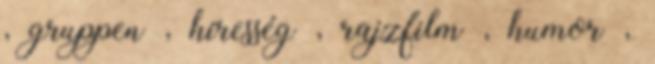
, gruppen , híresség , rajzfilm , humor ,